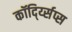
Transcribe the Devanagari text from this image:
कॉर्द्य्सिप्स